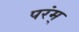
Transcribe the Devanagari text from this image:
परंम्